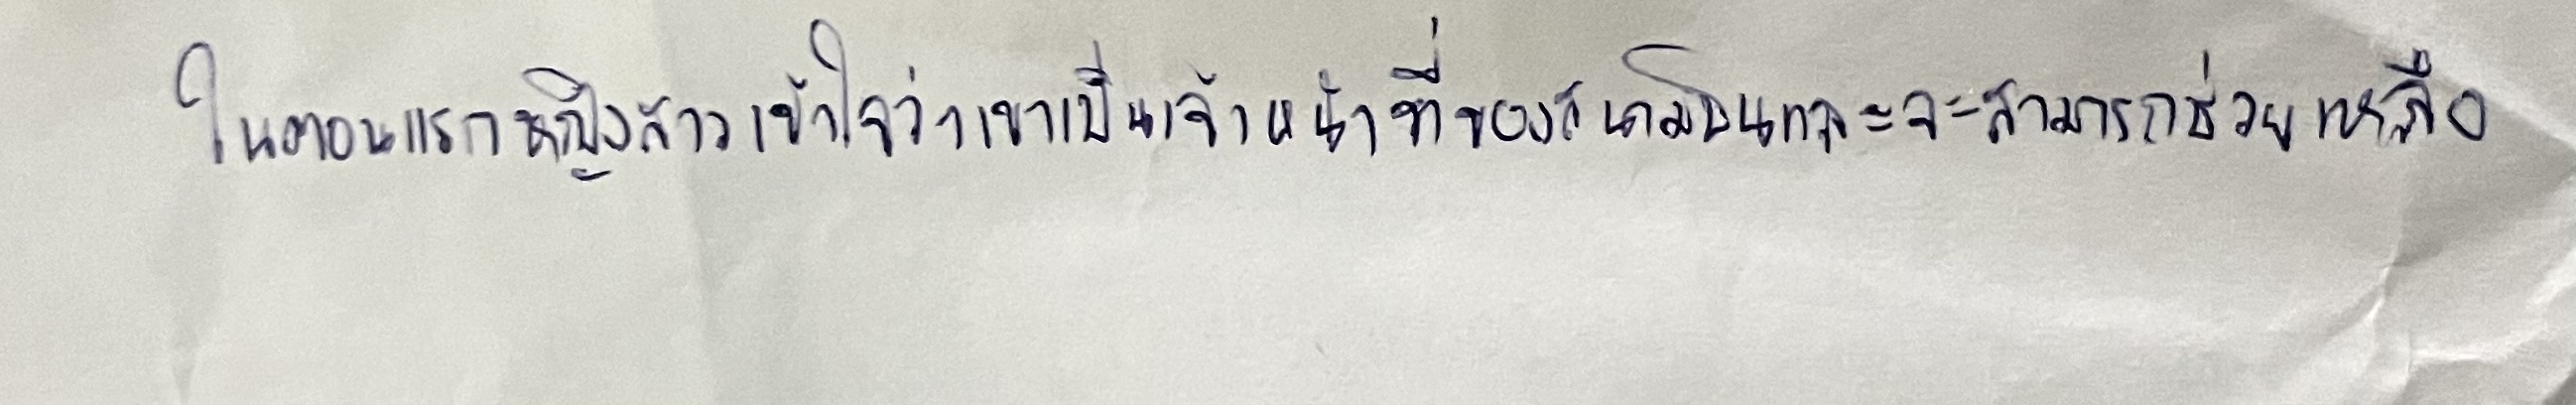
ในตอนแรกหญิงสาวเข้าใจว่าเขาเป็นเจ้าหน้าที่ของสนามบินและจะสามารถช่วยเหลือ